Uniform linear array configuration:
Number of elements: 24
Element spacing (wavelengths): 1
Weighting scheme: uniform
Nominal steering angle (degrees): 0
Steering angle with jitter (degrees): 1.142
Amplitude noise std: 0.05
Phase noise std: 0.05

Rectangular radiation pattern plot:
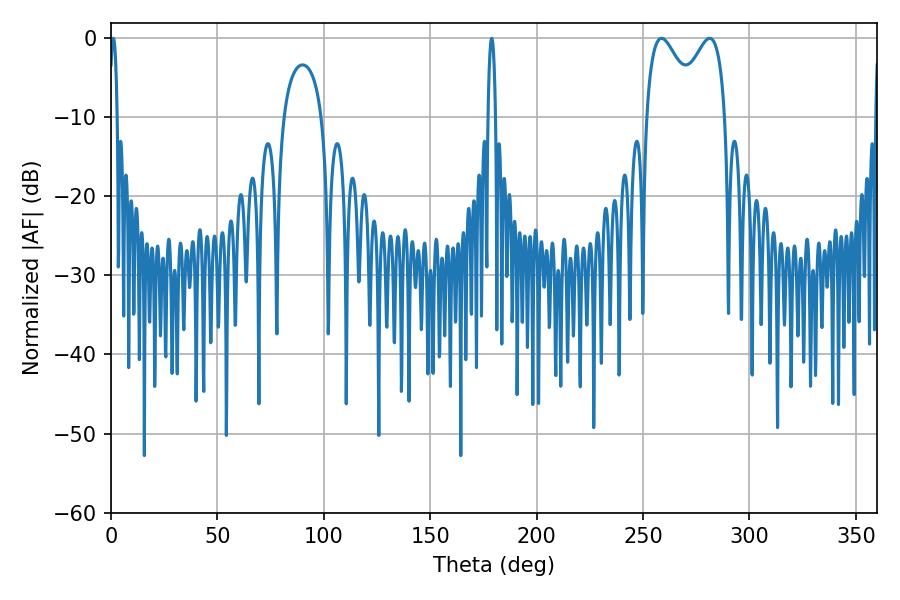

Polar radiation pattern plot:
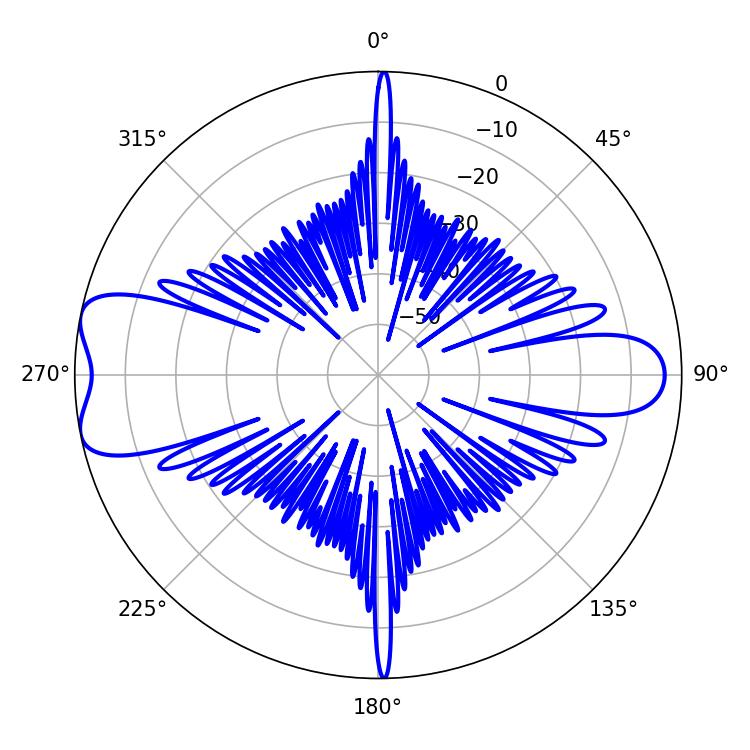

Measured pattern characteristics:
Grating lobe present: TRUE
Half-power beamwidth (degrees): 12.96
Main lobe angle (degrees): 281.34